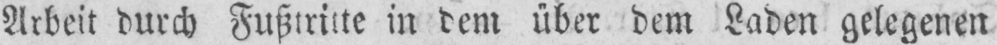
Arbeit durch Fußtritte in dem über dem Laden gelegenen